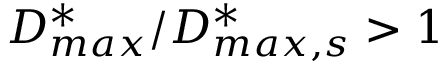
D _ { m a x } ^ { * } / D _ { m a x , s } ^ { * } > 1